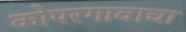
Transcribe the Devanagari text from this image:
कोपरगावाचा